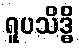
ရူပသိဒ္ဓိ